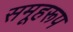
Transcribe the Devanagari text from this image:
समूहरूप